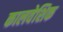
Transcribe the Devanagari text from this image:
कालवेशिक